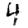
Digit: 4